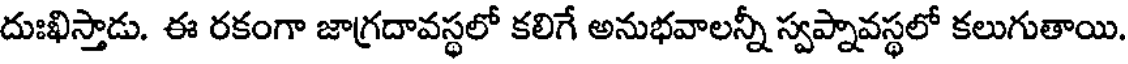
దుఃఖిస్తాడు. ఈ రకంగా జాగ్రదావస్థలో కలిగే అనుభవాలన్నీ స్వప్నావస్థలో కలుగుతాయి.